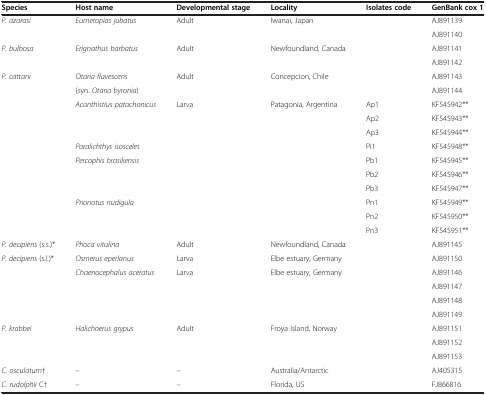
<table><thead><tr><td><b>Species</b></td><td><b>Host name</b></td><td><b>Developmental stage</b></td><td><b>Locality</b></td><td><b>Isolates code</b></td><td><b>GenBank cox 1</b></td></tr></thead><tbody><tr><td><i>P. azarasi</i></td><td><i>Eumetopias jubatus</i></td><td>Adult</td><td>Iwanai, Japan</td><td> </td><td>AJ891139</td></tr><tr><td> </td><td> </td><td> </td><td> </td><td> </td><td>AJ891140</td></tr><tr><td><i>P. bulbosa</i></td><td><i>Erignathus barbatus</i></td><td>Adult</td><td>Newfoundland, Canada</td><td> </td><td>AJ891141</td></tr><tr><td> </td><td> </td><td> </td><td> </td><td> </td><td>AJ891142</td></tr><tr><td><i>P. cattani</i></td><td><i>Otaria flavescens</i></td><td>Adult</td><td>Concepcion, Chile</td><td> </td><td>AJ891143</td></tr><tr><td> </td><td>(syn. <i>Otaria byronia</i>)</td><td> </td><td> </td><td> </td><td>AJ891144</td></tr><tr><td> </td><td><i>Acanthistius patachonicus</i></td><td>Larva</td><td>Patagonia, Argentina</td><td>Ap1</td><td>KF545942**</td></tr><tr><td> </td><td> </td><td> </td><td> </td><td>Ap2</td><td>KF545943**</td></tr><tr><td> </td><td> </td><td> </td><td> </td><td>Ap3</td><td>KF545944**</td></tr><tr><td> </td><td><i>Paralichthys isosceles</i></td><td> </td><td> </td><td>Pi1</td><td>KF545948**</td></tr><tr><td> </td><td><i>Percophis brasiliensis</i></td><td> </td><td> </td><td>Pb1</td><td>KF545945**</td></tr><tr><td> </td><td> </td><td> </td><td> </td><td>Pb2</td><td>KF545946**</td></tr><tr><td> </td><td> </td><td> </td><td> </td><td>Pb3</td><td>KF545947**</td></tr><tr><td> </td><td><i>Prionotus nudigula</i></td><td> </td><td> </td><td>Pn1</td><td>KF545949**</td></tr><tr><td> </td><td> </td><td> </td><td> </td><td>Pn2</td><td>KF545950**</td></tr><tr><td> </td><td> </td><td> </td><td> </td><td>Pn3</td><td>KF545951**</td></tr><tr><td><i>P. decipiens</i> (s.s.)*</td><td><i>Phoca vitulina</i></td><td>Adult</td><td>Newfoundland, Canada</td><td> </td><td>AJ891145</td></tr><tr><td><i>P. decipiens</i> (s.l.)*</td><td><i>Osmerus eperlanus</i></td><td>Larva</td><td>Elbe estuary, Germany</td><td> </td><td>AJ891150</td></tr><tr><td> </td><td><i>Chaenocephalus aceratus</i></td><td>Larva</td><td>Elbe estuary, Germany</td><td> </td><td>AJ891146</td></tr><tr><td> </td><td> </td><td> </td><td> </td><td> </td><td>AJ891147</td></tr><tr><td> </td><td> </td><td> </td><td> </td><td> </td><td>AJ891148</td></tr><tr><td> </td><td> </td><td> </td><td> </td><td> </td><td>AJ891149</td></tr><tr><td><i>P. krabbei</i></td><td><i>Halichoerus grypus</i></td><td>Adult</td><td>Froya Island, Norway</td><td> </td><td>AJ891151</td></tr><tr><td> </td><td> </td><td> </td><td> </td><td> </td><td>AJ891152</td></tr><tr><td> </td><td> </td><td> </td><td> </td><td> </td><td>AJ891153</td></tr><tr><td><i>C. osculatum</i>†</td><td>–</td><td>–</td><td>Australia/Antarctic</td><td> </td><td>AJ405315</td></tr><tr><td><i>C. rudolphii</i> C†</td><td>–</td><td>–</td><td>Florida, US</td><td> </td><td>FJ866816</td></tr></tbody></table>